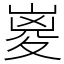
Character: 嵏